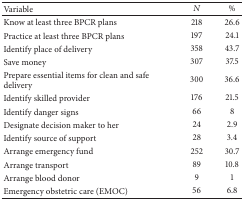
| Variable | N | % |
 | --- | --- | --- |
 | Know at least three BPCR plans | 218 | 26.6 |
 | Practice at least three BPCR plans | 197 | 24.1 |
 | Identify place of delivery | 358 | 43.7 |
 | Save money | 307 | 37.5 |
 | Prepare essential items for clean and safe delivery | 300 | 36.6 |
 | Identify skilled provider | 176 | 21.5 |
 | Identify danger signs | 66 | 8 |
 | Designate decision maker to her | 24 | 2.9 |
 | Identify source of support | 28 | 3.4 |
 | Arrange emergency fund | 252 | 30.7 |
 | Arrange transport | 89 | 10.8 |
 | Arrange blood donor | 9 | 1 |
 | Emergency obstetric care (EMOC) | 56 | 6.8 |